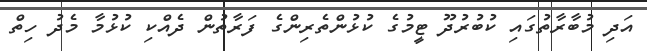
އަދި މުބާރާތުގައި ކުބުރުދޫ ޓީމުގެ ކުޅުންތެރިންގެ ފަރާތުން ދެއްކި ކުޅުމާ މެދު ހިތް